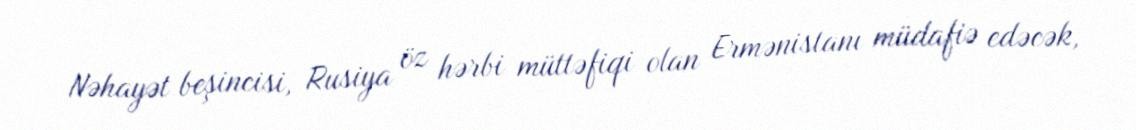
Nəhayət beşincisi, Rusiya öz hərbi müttəfiqi olan Ermənistanı müdafiə edəcək,